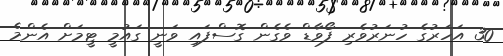
30 އަހަރުގެ ހުނަރުވެރި ފޯވާޑް ވެގެން ގޮސްފައި ވަނީ ގައުމީ ޓީމަށް އެންމެ